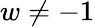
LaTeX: w\neq-1